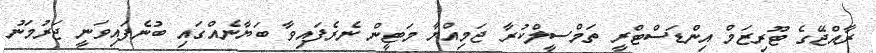
ރާއްޖޭގެ ޓޫރިޒަމް އިންޑަސްޓްރީ ތަމްސީލްކުރާ ޖަމިއްޔާ މަޓީން ނެރެފައިވާ ބަޔާނެއްގައި ބުނެފައިވަނީ ޖަރުމަނު